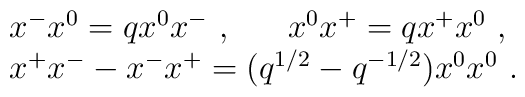
\begin{array}{l}x^-x^0=qx^0x^-~,~~~~~x^0x^+=qx^+x^0~,\\x^{+}x^{-}-x^{-}x^{+}=(q^{1/2}-q^{-1/2})x^0x^0~.\end{array}